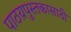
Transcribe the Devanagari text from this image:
पाठय़पुस्तकासाठी